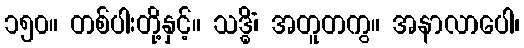
၁၅၀။ တစ်ပါးတို့နှင့်။ သဒ္ဓိံ၊ အတူတကွ။ အနာလာပေါ၊